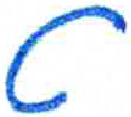
אות: ט